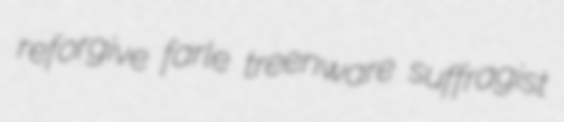
reforgive farle treenware suffragist